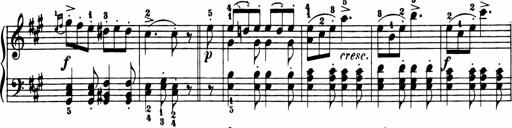
Title: 11 Sonatinas for Piano Solo
Composer: Anton Diabelli